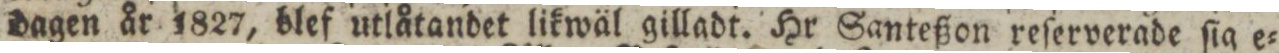
dagen år 1827, blef utlåtandet likwäl gilladt. Hr Santeßon reſerverade ſig e=